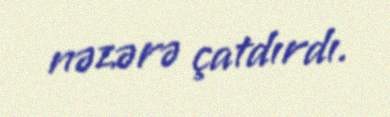
nəzərə çatdırdı.